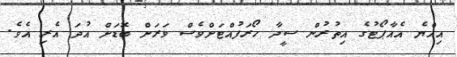
އިއްޔެ އެއާޕޯޓުގެ އިތުރުން ސީދާ ހޯރަފުއްޓަށްވެސް ވަރަށް ބޮޑަށް އުދަ އެރި އެވެ.